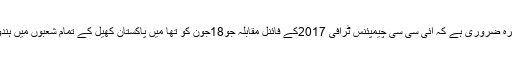
یہاں اس بات کا تذکرہ ضروری ہے کہ ائی سی سی چیمپئنس ٹرافی 2017کے فائنل مقابلہ جو18جون کو تھا میں پاکستان کھیل کے تمام شعبوں میں ہندوستان پر حاوی رہا۔